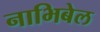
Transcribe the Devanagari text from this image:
नाभिबेल